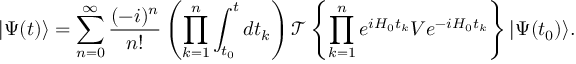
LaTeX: | \Psi ( t ) \rangle = \sum _ { n = 0 } ^ { \infty } { \frac { ( - i ) ^ { n } } { n ! } } \left( \prod _ { k = 1 } ^ { n } \int _ { t _ { 0 } } ^ { t } d t _ { k } \right) { \mathcal { T } } \left\{ \prod _ { k = 1 } ^ { n } e ^ { i H _ { 0 } t _ { k } } V e ^ { - i H _ { 0 } t _ { k } } \right\} | \Psi ( t _ { 0 } ) \rangle .